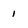
Character: 1